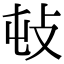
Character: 𢻴